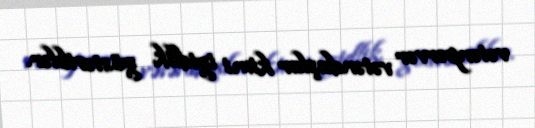
vətənpərvər vətəndaşlar kimi igidlik göstəriblər.